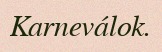
Karneválok.